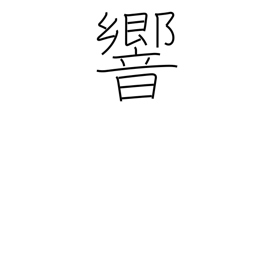
Meaning: vibrate